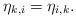
LaTeX: \begin{align*} \eta_{k,i}= \eta_{i,k}.\end{align*}